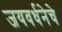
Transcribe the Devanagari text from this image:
जयवर्धनेचे